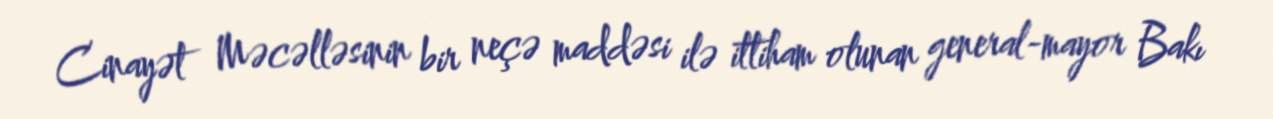
Cinayət Məcəlləsinin bir neçə maddəsi ilə ittiham olunan general-mayor Bakı